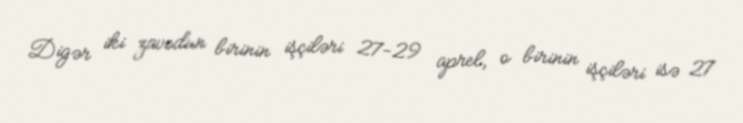
Digər iki zavodun birinin işçiləri 27-29 aprel, o birinin işçiləri isə 27